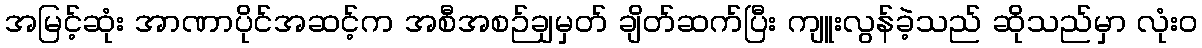
အမြင့်ဆုံး အာဏာပိုင်အဆင့်က အစီအစဉ်ချမှတ် ချိတ်ဆက်ပြီး ကျူးလွန်ခဲ့သည် ဆိုသည်မှာ လုံးဝ